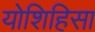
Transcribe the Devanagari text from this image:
योशिहिसा